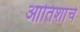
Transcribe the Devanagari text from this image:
आतिशांचे